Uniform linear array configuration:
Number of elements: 24
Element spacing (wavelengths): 1
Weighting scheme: cosine
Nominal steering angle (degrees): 45
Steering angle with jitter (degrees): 46.618
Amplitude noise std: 0.05
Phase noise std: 0.05

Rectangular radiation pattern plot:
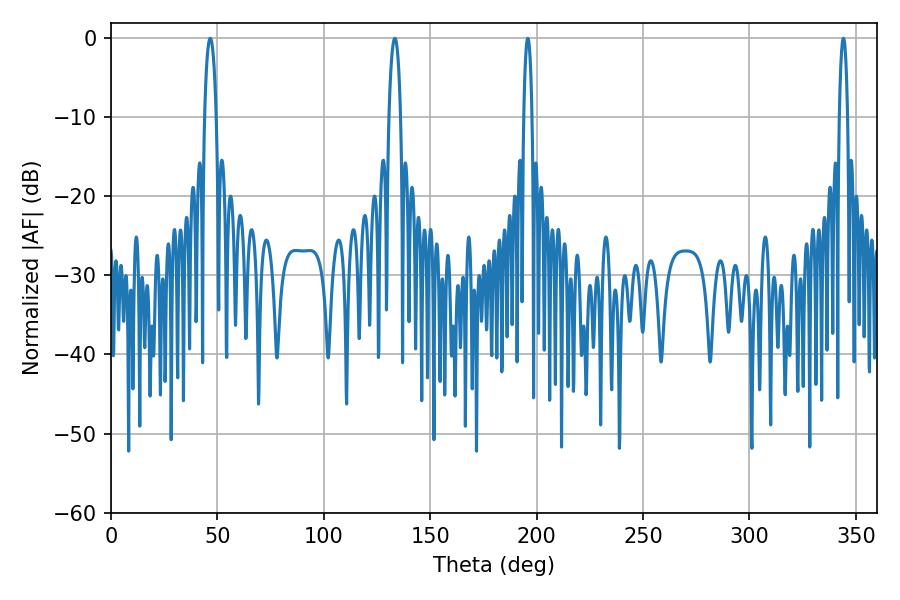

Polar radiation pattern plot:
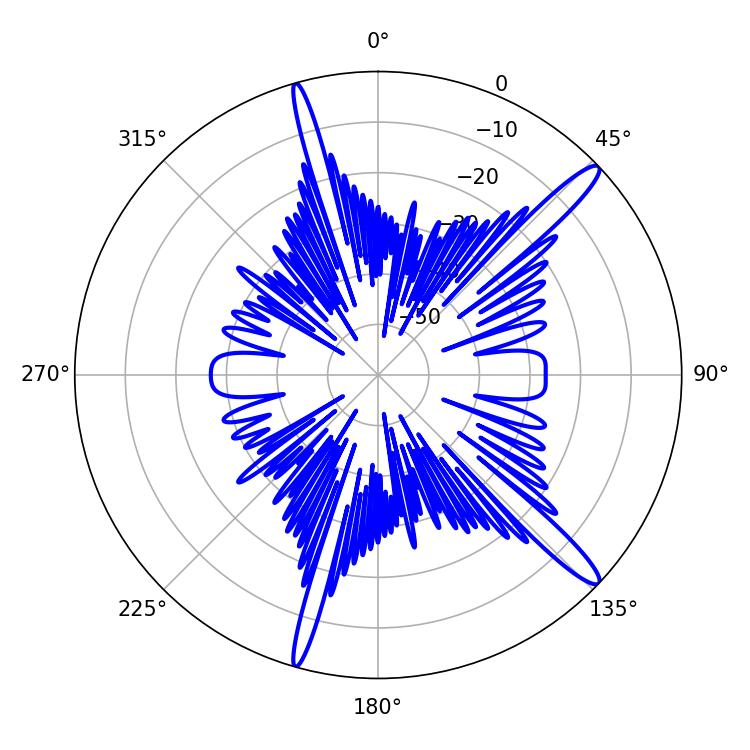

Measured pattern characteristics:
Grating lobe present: TRUE
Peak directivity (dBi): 14.897
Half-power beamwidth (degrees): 3.06
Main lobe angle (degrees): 46.62